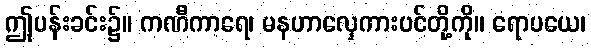
ဤပန်းခင်း၌။ ကဏီကာရေ၊ မနဟာလှေကားပင်တို့ကို။ ရောပယေ၊